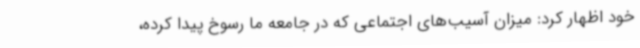
خود اظهار کرد: میزان آسیب‌های اجتماعی که در جامعه ما رسوخ پیدا کرده،